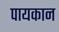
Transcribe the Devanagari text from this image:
पायकान